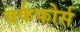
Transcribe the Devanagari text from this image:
वर्कफोर्स